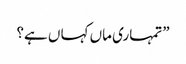
”تمہاری ماں کہا ں ہے؟